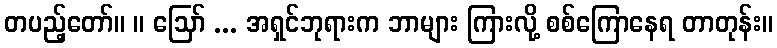
တပည့်တော်။ ။ ဩော် ... အရှင်ဘုရားက ဘာများ ကြားလို့ စစ်ကြောနေရ တာတုန်း။